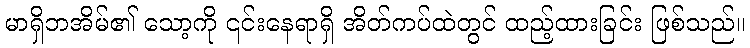
မာရှိဘအိမ်၏ သော့ကို ၎င်းနေရာရှိ အိတ်ကပ်ထဲတွင် ထည့်ထားခြင်း ဖြစ်သည်။